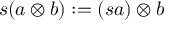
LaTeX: s ( a \otimes b ) : = ( s a ) \otimes b